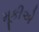
મૂકીએ